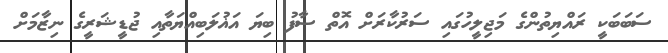
ސަބަބަކީ ރައްޔިތުންގެ މަޖިލީހުގައި ސަރުކާރަށް އޮތް ސާފު ބިޔަ އަޣުލަބިއްޔަތާއި ޖުޑީޝަރީގެ ނިޒާމަށް